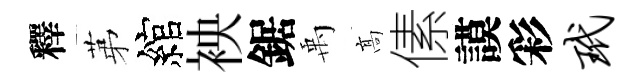
釋苐綰䘧鋸禹髙傃謨彩玳